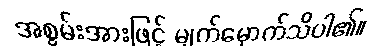
အစွမ်းအားဖြင့် မျက်မှောက်သိပါ၏။